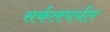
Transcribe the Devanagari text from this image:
सर्कलपर्यत